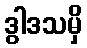
ဒွါဒသမှိ